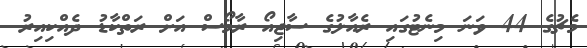
މެޗުގެ 44 ވަނަ މިނެޓުގައި ރެއާލުގެ ސާޖިއޯ ރާމޯސް އަށް ރަތްކާޑު ދެއްކިއިރު